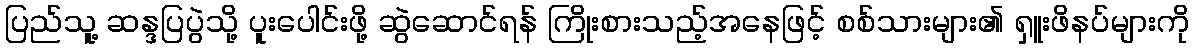
ပြည်သူ့ ဆန္ဒပြပွဲသို့ ပူးပေါင်းဖို့ ဆွဲဆောင်ရန် ကြိုးစားသည့်အနေဖြင့် စစ်သားများ၏ ရှူးဖိနပ်များကို